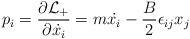
LaTeX: \begin{align*}p_i = \frac{\partial {\cal L}_+}{\partial{\dot{ x_i}}} = m{\dot{ x_i}} - \frac{B}{2}\epsilon_{ij}x_j\end{align*}